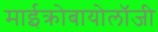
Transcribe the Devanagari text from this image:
माईक्रोबायोलॉजी